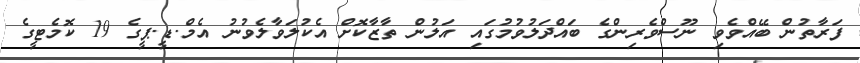
ފަރާތުން ބޭއްވެވި ނޫސްވެރިންގެ ބައްދަލުވުމުގައި އަލުން ތާޒާކޮށް އެކުލަވާލެވުނު އެމް.ޑީ.ޕީގެ 19 ކޮމެޓީގެ